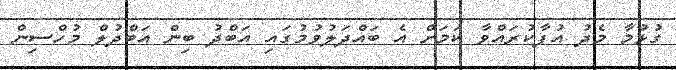
ގުޅުމާ މެދު އުފާކުރައްވާ ކަމަށް އެ ބައްދަލުވުމުގައި އަބްދު ބިން އަބްދުލް މުހްސިން